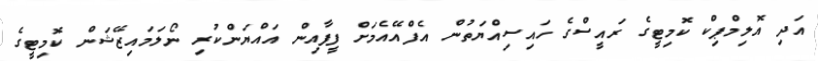
އަދި އޮލިމްޕިކް ކޮމިޓީގެ ރައީސްގެ ހައިސިއްޔަތުން އެފްއޭއެމަށް ފީފާއިން އައްޔަންކުރި ނޯލަމައިޒޭޝަން ކޮމިޓީގެ